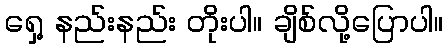
ရှေ့ နည်းနည်း တိုးပါ။ ချိစ်လို့ပြောပါ။